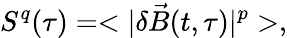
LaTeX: S^{q}(\tau)=<|\delta\vec{B}(t,\tau)|^{p}>,